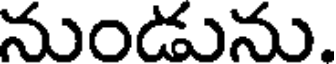
నుండును.